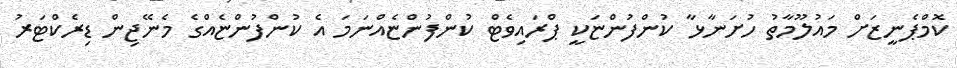
ކޮމްޕެނީޒަށް މައުލޫމާތު ހުށަނާޅާ ކުންފުންޏަކީ ޕްރައިވެޓް ކުންފުންޏެއްނަމަ އެ ކުންފުންޏެއްގެ މެނޭޖިން ޑިރެކްޓަރު